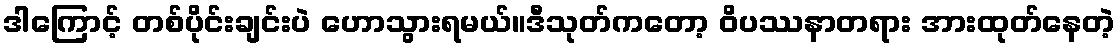
ဒါကြောင့် တစ်ပိုင်းချင်းပဲ ဟောသွားရမယ်။ဒီသုတ်ကတော့ ဝိပဿနာတရား အားထုတ်နေတဲ့